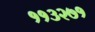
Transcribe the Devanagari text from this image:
११३२७१